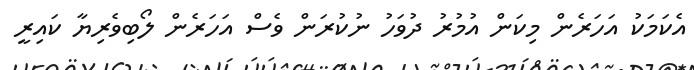
އެކަމަކު އަހަރެން މިކަން އުމުރު ދުވަހު ނުކުރަން ވެސް އަހަރެން ލޯބިވެރިޔާ ކައިރީ